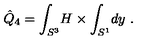
\hat { Q } _ { 4 } = \int _ { S ^ { 3 } } \! H \times \int _ { S ^ { 1 } } \! d y \ .